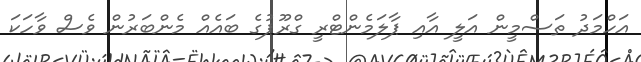
އަހްމަދު ތަސްމީން އަލީ އާއި ޕާލަމެންޓްރީ ގްރޫޕުގެ ބައެއް މެންބަރުން ވެސް ވާހަކަ